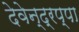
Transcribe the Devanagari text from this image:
देवेन्द्रप्पा